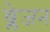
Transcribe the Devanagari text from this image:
ब्लेजन